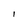
Character: I